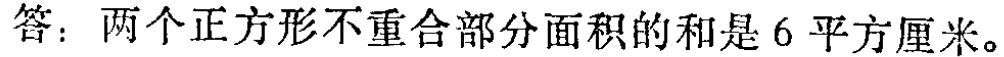
答：两个正方形不重合部分面积的和是6平方厘米。